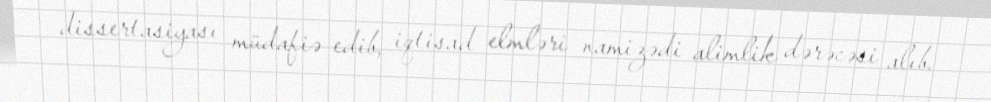
dissertasiyası müdafiə edib, iqtisad elmləri namizədi alimlik dərəcəsi alıb.